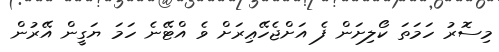
މިސޮރު ހަމަތަ ކޯލިށަން ފެ އަށްޖެހޭޢިރަށް ވެ އްޓޭނެ ހަމަ ޔަގީން އޭރުން